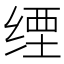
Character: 𦈑